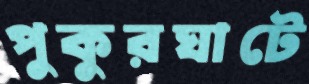
পুকুরঘাটে